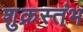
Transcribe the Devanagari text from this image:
शुक्रस्तंभ